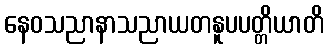
နေဝသညာနာသညာယတနူပပတ္တိယာတိ